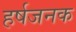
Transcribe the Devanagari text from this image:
हर्षजनक